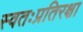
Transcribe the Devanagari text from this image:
स्वतःप्रतिरक्षा